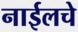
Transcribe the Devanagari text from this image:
नाईलचे